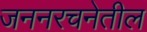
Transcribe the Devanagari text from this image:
जननरचनेतील